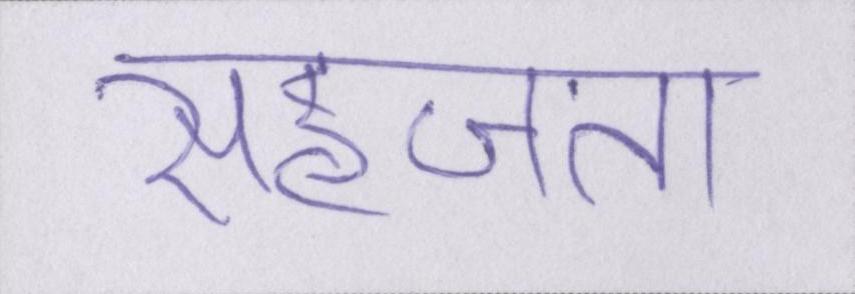
सहजता